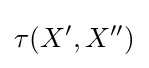
\tau (X',X'')